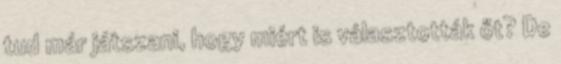
tud már játszani, hogy miért is választották őt? De